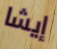
إيشا